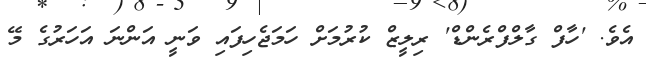
އެވެ. 'ހާފް ގާލްފްރެންޑް' ރިލީޒް ކުރުމަށް ހަމަޖެހިފައި ވަނީ އަންނަ އަހަރުގެ މޭ